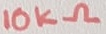
Text: 10KΩ